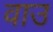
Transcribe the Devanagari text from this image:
वाउ